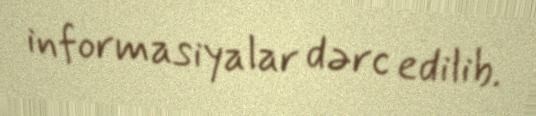
informasiyalar dərc edilib.